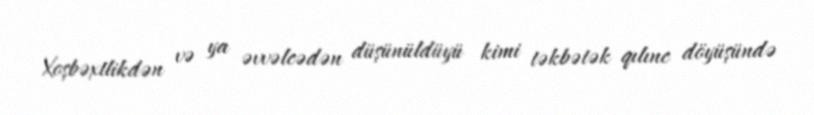
Xoşbəxtlikdən və ya əvvəlcədən düşünüldüyü kimi təkbətək qılınc döyüşündə